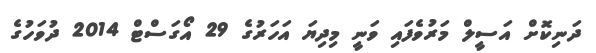
ދަނިކޮށް އަސީލް މަރުވެފައި ވަނީ މިދިޔަ އަހަރުގެ 29 އޯގަސްޓް 2014 ދުވަހުގެ